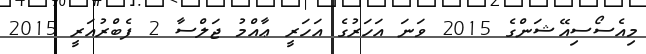
މިއެސޯސިއޭޝަންގެ 2015 ވަނަ އަހަރުގެ އަހަރީ ޢާއްމު ޖަލްސާ 2 ފެބްރުއަރީ 2015